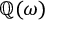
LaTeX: \mathbb { Q } ( \omega )